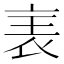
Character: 𧘦